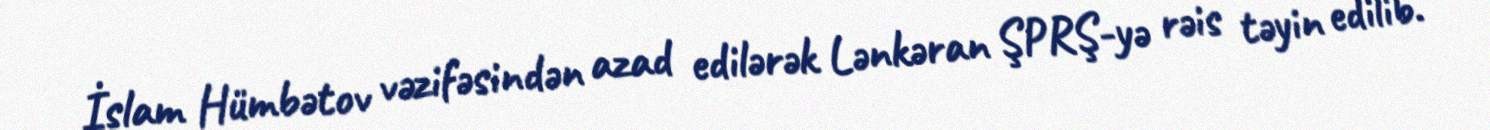
İslam Hümbətov vəzifəsindən azad edilərək Lənkəran ŞPRŞ-yə rəis təyin edilib.